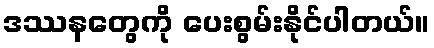
ဒဿနတွေကို ပေးစွမ်းနိုင်ပါတယ်။